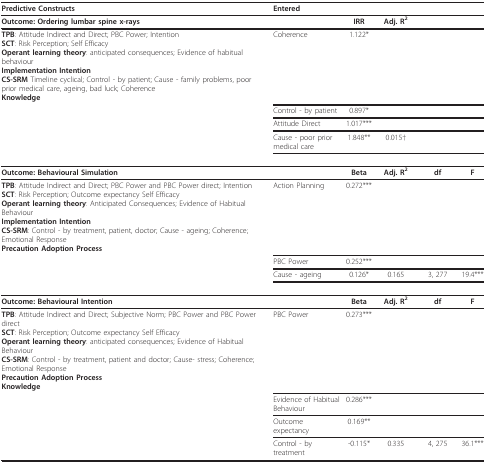
<table><thead><tr><td><b>Predictive Constructs</b></td><td><b>Entered</b></td><td></td><td></td><td></td><td></td></tr></thead><tbody><tr><td><b>Outcome: Ordering lumbar spine x-rays</b></td><td></td><td><b>IRR</b></td><td><b>Adj. R</b><sup><b>2</b></sup></td><td></td><td></td></tr><tr><td><b>TPB</b>: Attitude Indirect and Direct; PBC Power; Intention<b>SCT</b>: Risk Perception; Self Efficacy<b>Operant learning theory</b>: anticipated consequences; Evidence of habitual behaviour<b>Implementation Intention</b><b>CS-SRM </b>Timeline cyclical; Control - by patient; Cause - family problems, poor prior medical care, ageing, bad luck; Coherence<b>Knowledge</b></td><td>Coherence</td><td>1.122*</td><td></td><td></td><td></td></tr><tr><td></td><td>Control - by patient</td><td>0.897*</td><td></td><td></td><td></td></tr><tr><td></td><td>Attitude Direct</td><td>1.017***</td><td></td><td></td><td></td></tr><tr><td></td><td>Cause - poor prior medical care</td><td>1.848**</td><td>0.015†</td><td></td><td></td></tr><tr><td><b>Outcome: Behavioural Simulation</b></td><td></td><td><b>Beta</b></td><td><b>Adj. R</b><sup><b>2</b></sup></td><td><b>df</b></td><td><b>F</b></td></tr><tr><td><b>TPB</b>: Attitude Indirect and Direct; PBC Power and PBC Power direct; Intention<b>SCT</b>: Risk Perception; Outcome expectancy Self Efficacy<b>Operant learning theory</b>: Anticipated Consequences; Evidence of Habitual Behaviour<b>Implementation Intention</b><b>CS-SRM</b>: Control - by treatment, patient, doctor; Cause - ageing; Coherence; Emotional Response<b>Precaution Adoption Process</b></td><td>Action Planning</td><td>0.272***</td><td></td><td></td><td></td></tr><tr><td></td><td>PBC Power</td><td>0.252***</td><td></td><td></td><td></td></tr><tr><td></td><td>Cause - ageing</td><td>0.126*</td><td>0.165</td><td>3, 277</td><td>19.4***</td></tr><tr><td><b>Outcome: Behavioural Intention</b></td><td></td><td><b>Beta</b></td><td><b>Adj. R</b><sup><b>2</b></sup></td><td><b>df</b></td><td><b>F</b></td></tr><tr><td><b>TPB</b>: Attitude Indirect and Direct; Subjective Norm; PBC Power and PBC Power direct<b>SCT</b>: Risk Perception; Outcome expectancy Self Efficacy<b>Operant learning theory</b>: anticipated consequences; Evidence of Habitual Behaviour<b>CS-SRM</b>: Control - by treatment, patient and doctor; Cause- stress; Coherence; Emotional Response<b>Precaution Adoption Process</b><b>Knowledge</b></td><td>PBC Power</td><td>0.273***</td><td></td><td></td><td></td></tr><tr><td></td><td>Evidence of Habitual Behaviour</td><td>0.286***</td><td></td><td></td><td></td></tr><tr><td></td><td>Outcome expectancy</td><td>0.169**</td><td></td><td></td><td></td></tr><tr><td></td><td>Control - by treatment</td><td>-0.115*</td><td>0.335</td><td>4, 275</td><td>36.1***</td></tr></tbody></table>